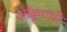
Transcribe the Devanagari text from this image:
ऑक्रूगची